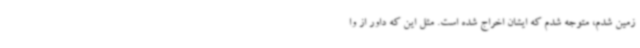
زمین شدم، متوجه شدم که ایشان اخراج شده است. مثل این که داور از وا